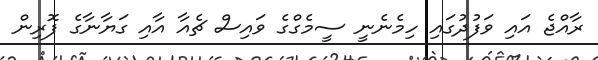
ރާއްޖެ އައި ވަފުދުގައި ހިމެނެނީ ސީމެގްގެ ވައިސް ޗެއާ އާއި ގަޔާނާގެ ފޮރިން